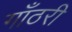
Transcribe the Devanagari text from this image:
गाँठरी